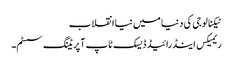
ٹیکنالوجی کی دنیا میں نیا انقلاب
ریمیکس اینڈرائیڈ ڈیسک ٹاپ آپریٹنگ سسٹم۔